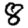
Digit: 8